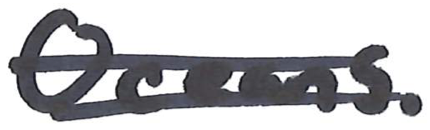
Text: Oceans.
Cross-out: double-line
Writing tool: marker